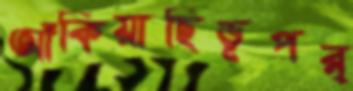
আঁকিয়াছিভূপর্